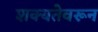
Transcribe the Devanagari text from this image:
शक्यतेवरून